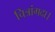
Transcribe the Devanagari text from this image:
चित्रांगदा।